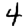
Digit: 4